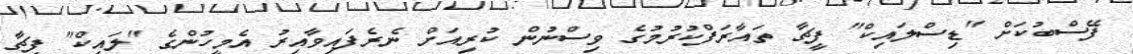
ފޭސްބުކަށް "ޑިސްލައިކް" ފީޗާ ތައާރަފްކުރުމުގެ ވިސްނުން ކުރިއަށް ނެރެފައިވާއިރު އެމީހުންގެ "ލައިކް" ފީޗާ